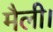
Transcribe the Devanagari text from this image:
मैली।